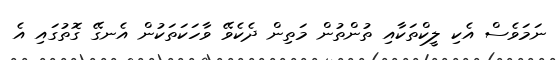
ނަމަވެސް އެކި ލީކްތަކާއި ތުންތުން މަތިން ދެކެވޭ ވާހަކަތަކުން އެނގޭ ގޮތުގައި އެ